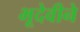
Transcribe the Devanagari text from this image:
भूदेवीने